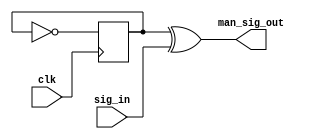
// This program was cloned from: https://github.com/Nitcloud/Digital-IDE
// License: GNU General Public License v3.0

`timescale 1ns / 1ps
module manchester (
    input  clk,
    input  sig_in,
    output man_sig_out
);

reg ck   = 0;
reg ck_r = 0;
always @(posedge clk) begin
    ck <= ck_r;
    ck <= ~ ck;
end

assign man_sig_out = ck ^ sig_in;

endmodule